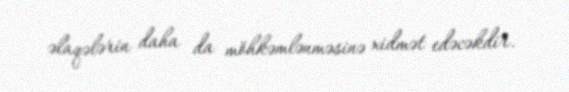
əlaqələrin daha da möhkəmlənməsinə xidmət edəcəkdir.